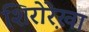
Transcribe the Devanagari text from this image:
शिरोरे़खा